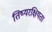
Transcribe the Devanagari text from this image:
तिष्यरक्षियता